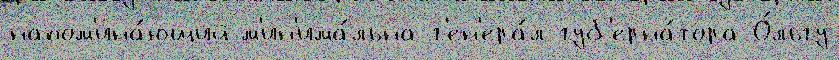
напом'ина́ющий м'ин'има́льна г'ен'ера́л-губ'ерна́тора О́льгу